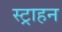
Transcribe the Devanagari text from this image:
स्ट्राहन